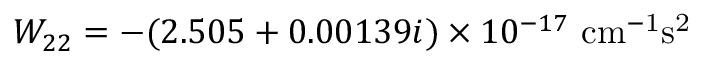
W _ { 2 2 } = - ( 2 . 5 0 5 + 0 . 0 0 1 3 9 i ) \times 1 0 ^ { - 1 7 } ~ \mathrm { c m ^ { - 1 } s ^ { 2 } }